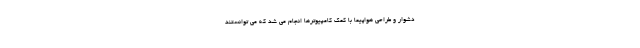
دشوار و طراحی هواپیما با کمک کامپیوترها انجام می شد که می توانستند